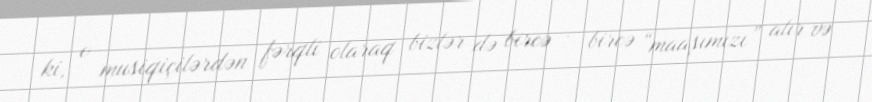
ki, o musiqiçilərdən fərqli olaraq bizlər də bircə - bircə “maaşımızı” alır və